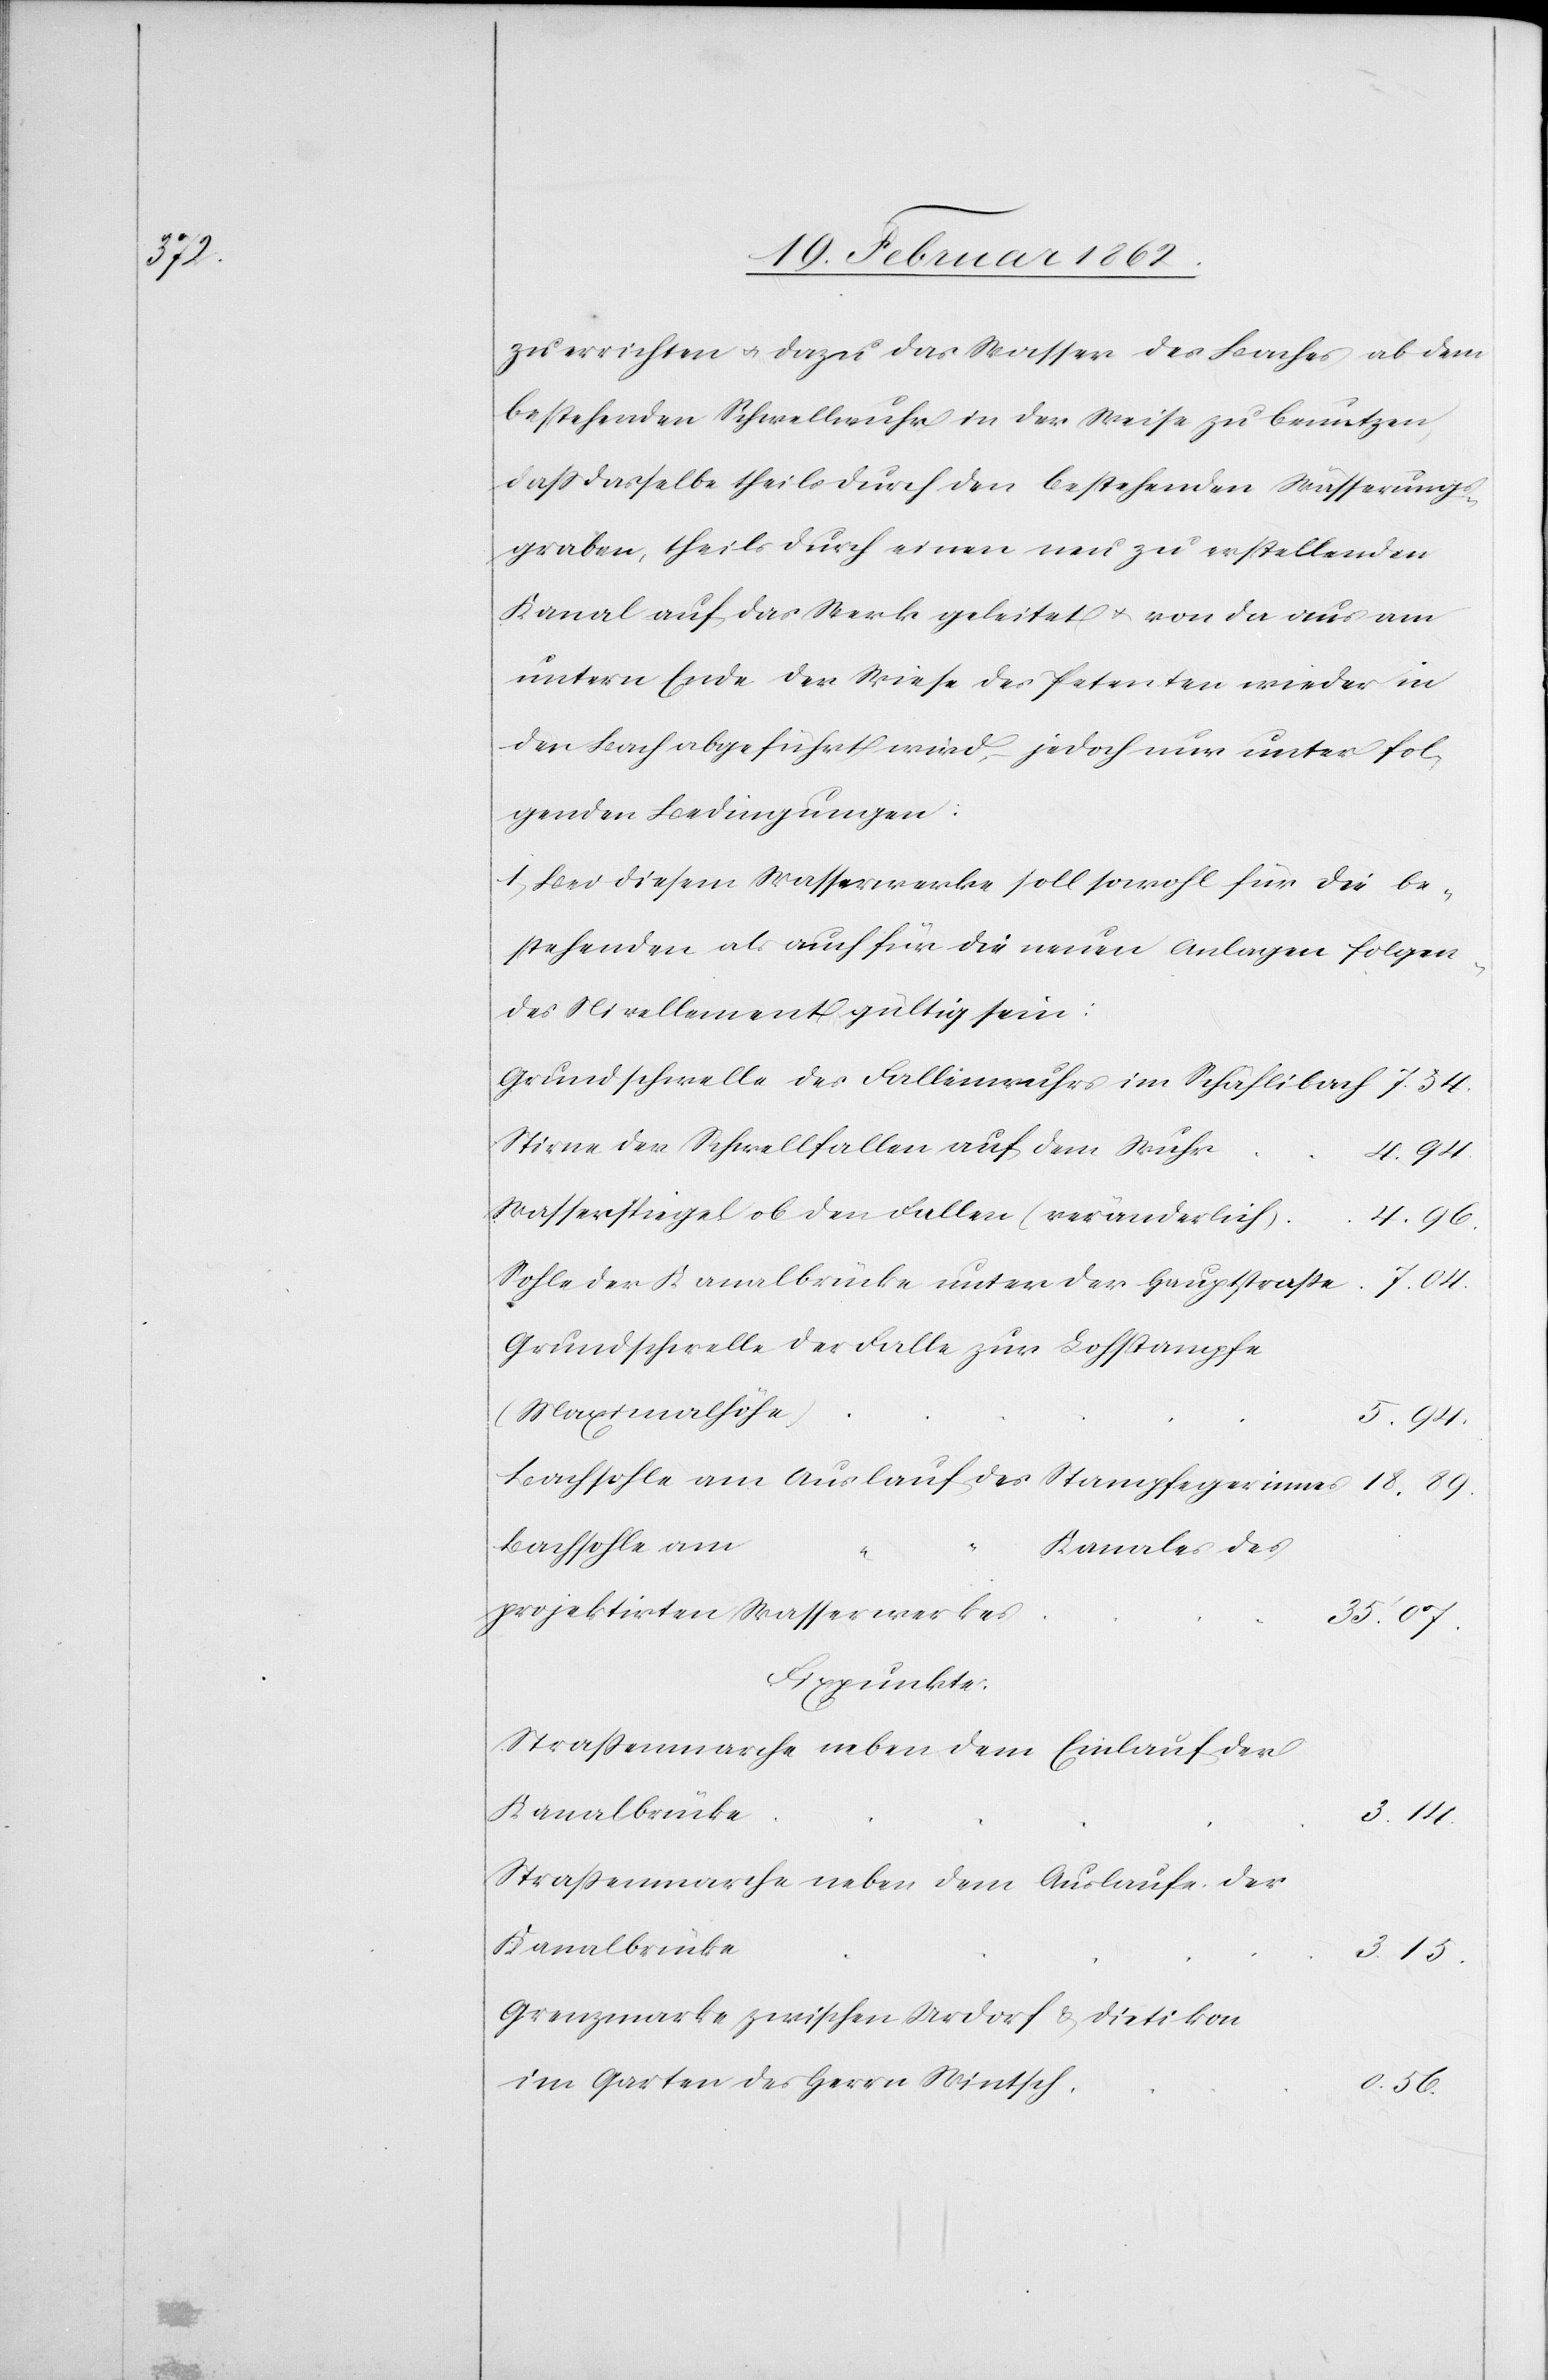
5.94.

zu errichten u. dazu das Wasser des Baches ab dem
bestehenden Schwellwuhr in der Weise zu benutzen,
daß dasselbe theils durch den bestehenden Wässerungs¬
graben, theils durch einen neu zu erstellenden
Kanal auf das Werk geleitet u. von da aus am
untern Ende der Wiese des Petenten wieder in
den Bach abgeführt wird, jedoch nur unter fol¬
genden Bedingungen:
1) Bei diesem Wasserwerke soll sowohl für die be¬
stehenden als auch für die neuen Anlagen folgen¬
des Nivellement gültig sein:
Grundschwelle des Fallenwuhrs im Schäflibach
Stirne der Schwellfallen auf dem Wuhr
4.94.
Wasserspiegel ob den Fallen (veränderlich)
4.96.
Sohle der Kanalbrücke unter der Hauptstraße
Grundschwelle der Falle zur Lohstampfe
(Maximalhöhe)
Bachsohle am Auslauf des Stampfegerinnes
Bachsohle am
Kanales des
projektirten Wasserwerkes
35.07.
Fixpunkte:
Straßenmarche neben dem Einlauf der
Kanalbrücke
3.14.
Straßenmarche neben dem Auslaufe der
Kanalbrücke
3.15.
Grenzmarke zwischen Urdorf & Dietikon
im Garten des Herrn Wintsch
0.56.